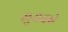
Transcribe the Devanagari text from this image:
मुरादबे